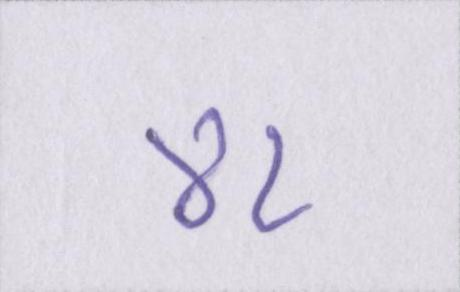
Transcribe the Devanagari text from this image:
४८